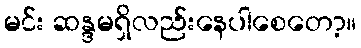
မင်း ဆန္ဒမရှိလည်းနေပါစေတော့။